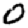
Digit: 0